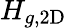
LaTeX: H_{g,\mathrm{2D}}